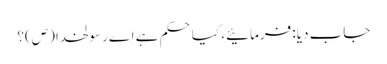
جاب دیا: فرمائیے، کیا حکم ہے اے رسولخدا (ص)؟